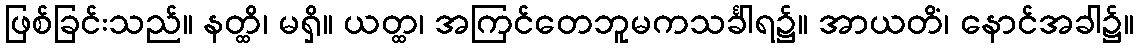
ဖြစ်ခြင်းသည်။ နတ္ထိ၊ မရှိ။ ယတ္ထ၊ အကြင်တေဘူမကသင်္ခါရ၌။ အာယတိံ၊ နောင်အခါ၌။